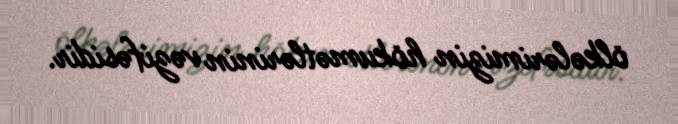
ölkələrimizin hökumətlərinin vəzifəsidir.